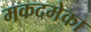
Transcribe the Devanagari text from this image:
मकदमेका